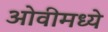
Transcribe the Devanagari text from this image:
ओवीमध्ये